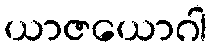
ယာဇယောဂါ